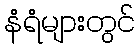
နံရံများတွင်